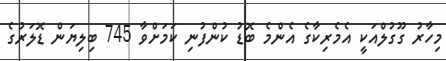
މިހާރު ގޫގުލްއަކީ އެމެރިކާގެ އެންމެ ބޮޑު ކުންފުނި ކަމަށްވާ 745 ބިލިޔަން ޑޮލަރުގެ